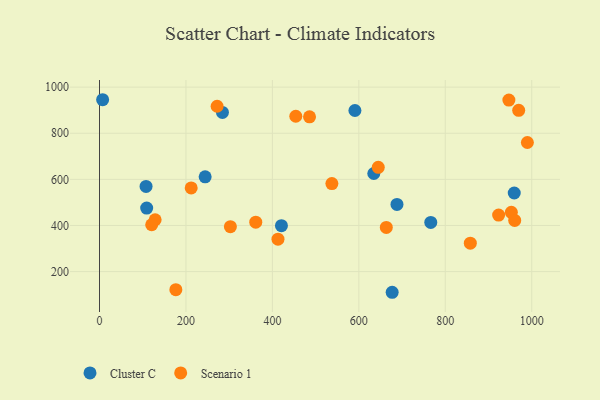
{"axis": {"x": "Ad Spend", "y": "Yield"}, "legend": ["Cluster C", "Scenario 1"], "data": [{"x": "634.6", "y": 625.4, "type": "Cluster C"}, {"x": "677.1", "y": 110.3, "type": "Cluster C"}, {"x": "420.9", "y": 399.3, "type": "Cluster C"}, {"x": "284.4", "y": 890.5, "type": "Cluster C"}, {"x": "7.2", "y": 945.4, "type": "Cluster C"}, {"x": "959.5", "y": 540.9, "type": "Cluster C"}, {"x": "688.2", "y": 491.3, "type": "Cluster C"}, {"x": "590.9", "y": 898.7, "type": "Cluster C"}, {"x": "109.1", "y": 475.3, "type": "Cluster C"}, {"x": "107.7", "y": 569.3, "type": "Cluster C"}, {"x": "244.4", "y": 611.2, "type": "Cluster C"}, {"x": "766.4", "y": 413.3, "type": "Cluster C"}, {"x": "989.9", "y": 759.8, "type": "Scenario 1"}, {"x": "212.1", "y": 562.7, "type": "Scenario 1"}, {"x": "537.6", "y": 581.8, "type": "Scenario 1"}, {"x": "302.8", "y": 394.6, "type": "Scenario 1"}, {"x": "128.7", "y": 424.9, "type": "Scenario 1"}, {"x": "272.1", "y": 917.1, "type": "Scenario 1"}, {"x": "952.8", "y": 457.1, "type": "Scenario 1"}, {"x": "857.9", "y": 323.2, "type": "Scenario 1"}, {"x": "947.1", "y": 943.9, "type": "Scenario 1"}, {"x": "923.4", "y": 445.0, "type": "Scenario 1"}, {"x": "120.7", "y": 403.2, "type": "Scenario 1"}, {"x": "412.9", "y": 340.4, "type": "Scenario 1"}, {"x": "454.1", "y": 873.7, "type": "Scenario 1"}, {"x": "485.9", "y": 871.4, "type": "Scenario 1"}, {"x": "361.5", "y": 414.4, "type": "Scenario 1"}, {"x": "663.5", "y": 391.4, "type": "Scenario 1"}, {"x": "644.9", "y": 652.0, "type": "Scenario 1"}, {"x": "176.6", "y": 121.5, "type": "Scenario 1"}, {"x": "969.8", "y": 899.6, "type": "Scenario 1"}, {"x": "960.6", "y": 422.0, "type": "Scenario 1"}]}